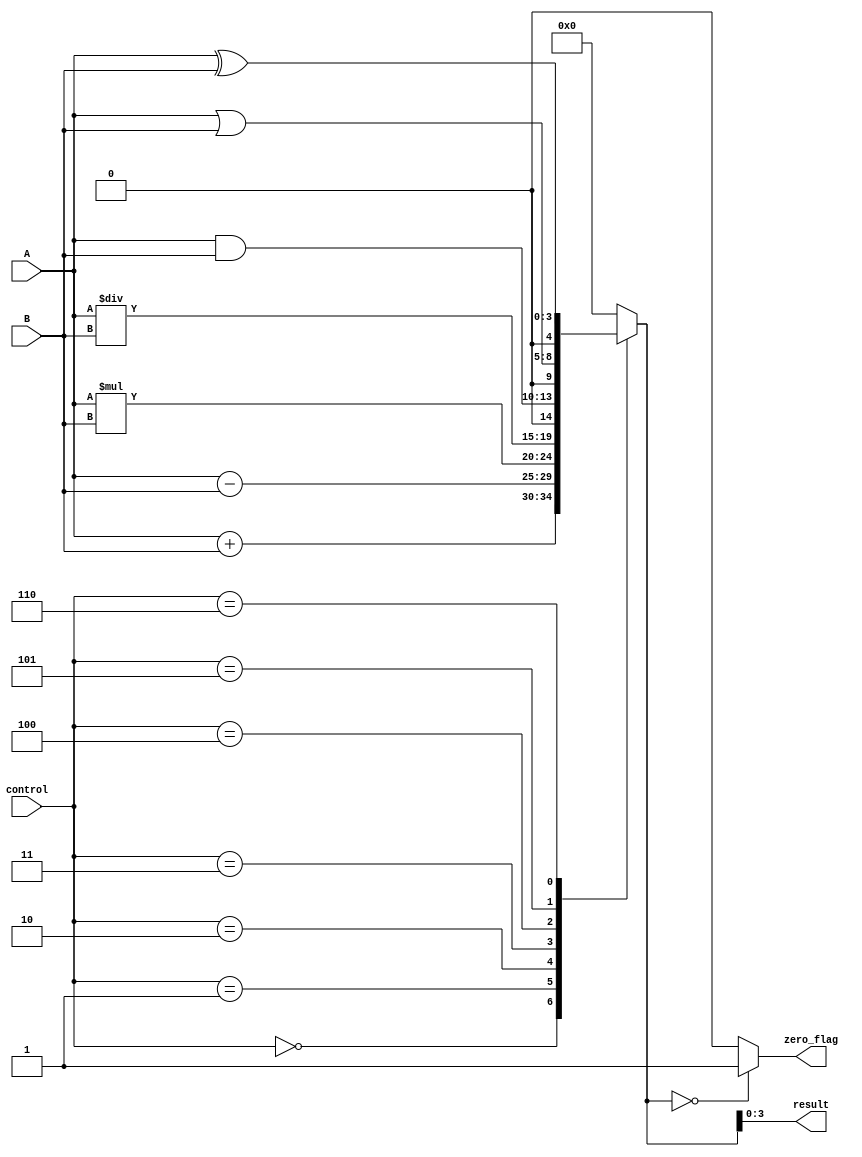
module ALU (
    input [3:0] A,
    input [3:0] B,
    input [2:0] control,
    output reg [3:0] result,
    output reg zero_flag
);

reg [4:0] temp_result;

always @(*)
begin
    case (control)
        3'b000: temp_result = A + B; // Addition
        3'b001: temp_result = A - B; // Subtraction
        3'b010: temp_result = A * B; // Multiplication
        3'b011: temp_result = A / B; // Division
        3'b100: temp_result = A & B; // AND
        3'b101: temp_result = A | B; // OR
        3'b110: temp_result = A ^ B; // XOR
        default: temp_result = 4'b0000; // Default to zero
    endcase

    if (temp_result == 4'b0000)
        zero_flag = 1;
    else
        zero_flag = 0;

    result = temp_result[3:0]; // Output the 4-bit result
end

endmodule